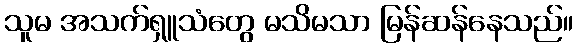
သူမ အသက်ရှူသံတွေ မသိမသာ မြန်ဆန်နေသည်။